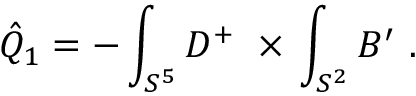
\hat { Q } _ { 1 } = - \int _ { S ^ { 5 } } D ^ { + } \ \times \, \int _ { S ^ { 2 } } B ^ { \prime } \ .